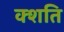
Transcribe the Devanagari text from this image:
क्शति